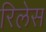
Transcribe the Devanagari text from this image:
रिलेस